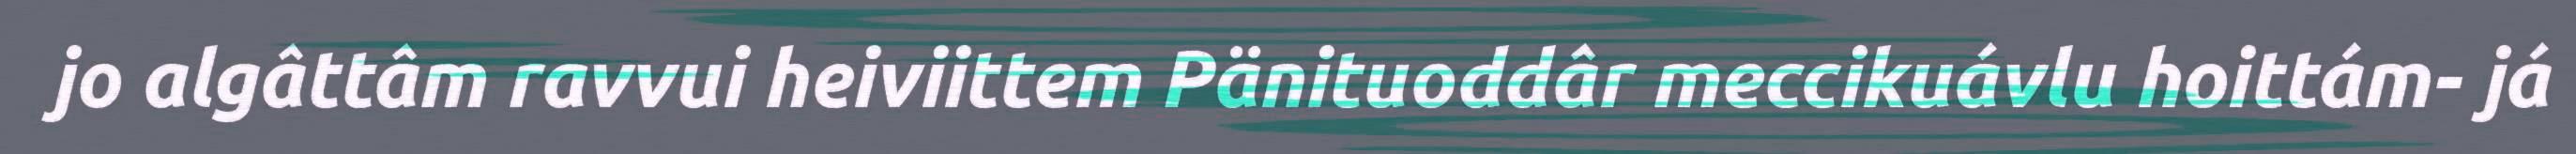
jo algâttâm ravvui heiviittem Pänituoddâr meccikuávlu hoittám- já